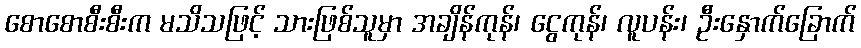
စောစောစီးစီးက မသိသဖြင့် သားဖြစ်သူမှာ အချိန်ကုန်၊ ငွေကုန်၊ လူပန်း၊ ဦးနှောက်ခြောက်